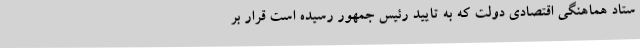
ستاد هماهنگی اقتصادی دولت که به تایید رئیس جمهور رسیده است قرار بر